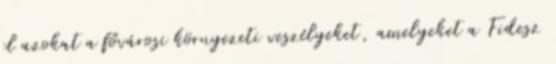
el azokat a fővárosi környezeti veszélyeket, amelyeket a Fidesz